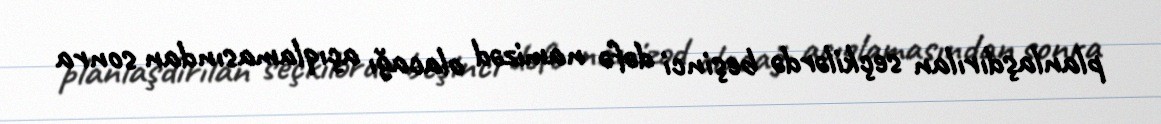
planlaşdırılan seçkilərdə beşinci dəfə namizəd olacağı açıqlamasından sonra